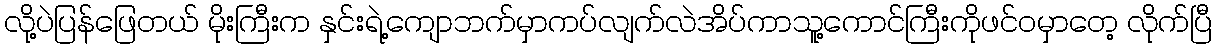
လို့ပဲပြန်ဖြေတယ် မိုးကြီးက နှင်းရဲ့ကျောဘက်မှာကပ်လျက်လဲအိပ်ကာသူ့ကောင်ကြီးကိုဖင်ဝမှာတေ့ လိုက်ပြီ